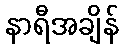
နာရီအချိန်